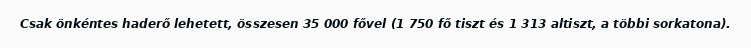
Csak önkéntes haderő lehetett, összesen 35 000 fővel (1 750 fő tiszt és 1 313 altiszt, a többi sorkatona).